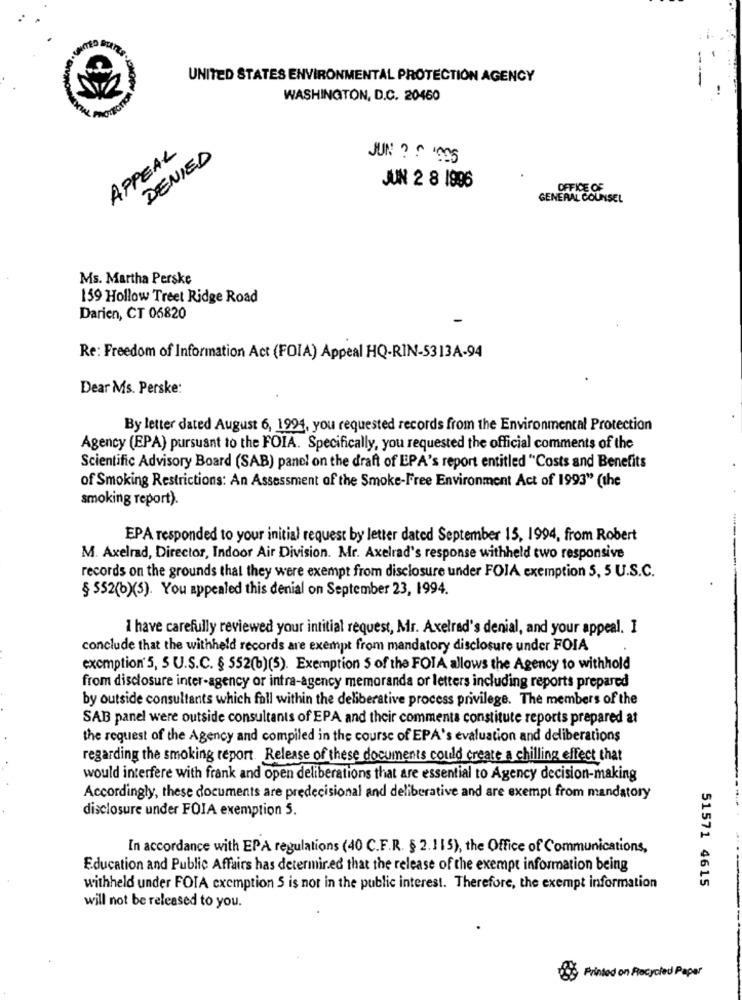
UNITED STATES ENVIRONMENTAL PROTECTION AGENCY
---
WASHINGTON, D.C. 20460
APPEAL
DENIED
JUN ? @ 1595
JUN 2 8 1996
OFFICE OF
GENERAL COUNSEL
Ms. Martha Perske
159 Hollow Treet Ridge Road
Darien, CT 06820
Re: Freedom of Information Act (FOIA) Appeal HQ-RIN-5313A-94
Dear Ms. Perske:
By letter dated August 6, 1994, you requested records from the Environmental Protection
Agency (EPA) pursuant to the FOIA. Specifically, you requested the official comments of the
Scientific Advisory Board (SAB) panel on the draft of EPA's report entitled "Costs and Benefits
of Smoking Restrictions: An Assessment of the Smoke-Free Environment Act of 1993" (the
smoking report).
EPA responded to your initial request by letter dated September 15, 1994, from Robert
M. Axelrad, Director, Indoor Air Division. Mr. Axelrad's response withheld two responsive
records on the grounds that they were exempt from disclosure under FOIA exemption 5, 5 U.S.C.
§ 552(b)(5). You appealed this denial on September 23, 1994.
1 have carefully reviewed your intitial request, Mr. Axelrad's denial, and your appeal. I
conclude that the withheld records are exempt from mandatory disclosure under FOIA
exemption 5, 5 U.S.C. § 552(b)(5). Exemption 5 of the FOIA allows the Agency to withhold
from disclosure inter-agency or intra-agency memoranda or letters including reports prepared
by outside consultants which fall within the deliberative process privilege. The members of the
SAB panel were outside consultants of EPA and their commenta constitute reports prepared at
the request of the Agency and compiled in the course of EPA's evaluation and deliberations
regarding the smoking report. Release of these documents could create a chilling effect that
would interfere with frank and open deliberations that are essential to Agency decision-making
Accordingly, these documents are predecisional and deliberative and are exempt from mandatory
disclosure under FOIA exemption 5.
In accordance with EPA regulations (40 C.F.R. § 2.115), the Office of Communications,
Education and Public Affairs has determined that the release of the exempt information being
51571 4615
withheld under FOIA exemption S is not in the public interest. Therefore, the exempt information
will not be released to you.
Printed on Recycled Paper